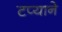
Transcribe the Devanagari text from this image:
टप्याने